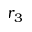
r _ { 3 }